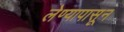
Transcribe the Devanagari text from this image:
लेण्यापासून